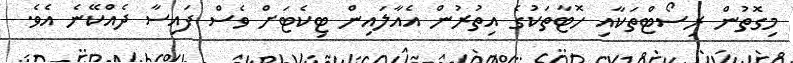
މިގޮތުން ރިސޯޓްތަކާއި ހޮޓާތަކުގެ އިތުރުން އެއާލައިން ޓިކެޓަށް ވެސް ފައިސާ ދެއްކޭނެ އެވެ.